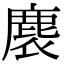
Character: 𪊘